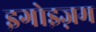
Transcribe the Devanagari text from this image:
इगोइज़म